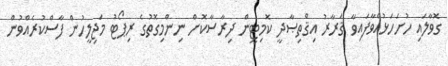
ގޮވާލައި ހުށަހަޅުއްވާފައިވާ ޤަރާރު އިޤްތިޞާދީ ކޮމިޓީން ދިރާސާކޮށް ނިންމިގޮތުގެ ރިޕޯޓު މަޖިލީހުން ފާސްކުރެއްވުން